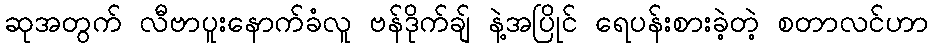
ဆုအတွက် လီဗာပူးနောက်ခံလူ ဗန်ဒိုက်ချ် နဲ့အပြိုင် ရေပန်းစားခဲ့တဲ့ စတာလင်ဟာ